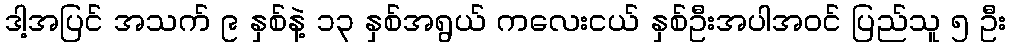
ဒါ့အပြင် အသက် ၉ နှစ်နဲ့ ၁၃ နှစ်အရွယ် ကလေးငယ် နှစ်ဦးအပါအဝင် ပြည်သူ ၅ ဦး